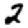
Digit: 2